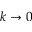
k \to 0